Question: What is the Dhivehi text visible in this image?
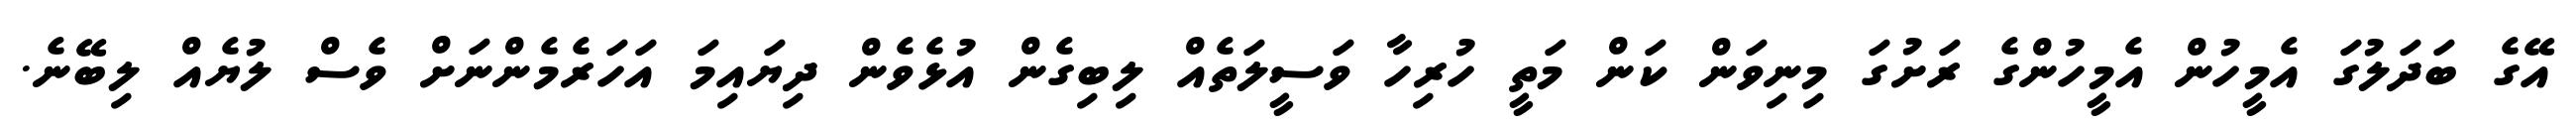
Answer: އޭގެ ބަދަލުގަ އެމީހުން އެމީހުންގެ ރަށުގަ މިނިވަން ކަން މަތީ ހުރިހާ ވަސީލަތެއް ލިބިގެން އުޅެވެން ދިޔައިމަ އަހަރެމެންނަށް ވެސް ލުޔެއް ލިބޭނެ.